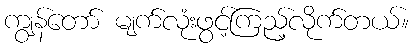
ကျွန်တော် မျက်လုံးဖွင့်ကြည့်လိုက်တယ်။